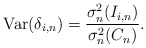
\begin{align*}\mbox{Var}(\delta _{i,n})=\frac{\sigma _{n}^{2}(I_{i,n})}{\sigma_{n}^{2}(C_{n})}. \end{align*}